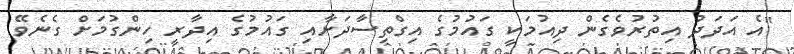
"އެ އަދަދު އިތުރުވެގެން ދިއުމަކީ ގައުމުގެ އިގްތިސާދަށާއި ގައުމުގެ އިދާރީ ހިންގުމަށް ގެނެވޭ